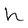
Character: h